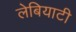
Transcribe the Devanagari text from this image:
लेबियाटी